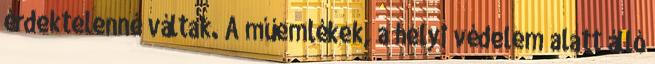
érdektelenné váltak. A műemlékek, a helyi védelem alatt álló